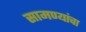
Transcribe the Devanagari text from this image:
सामण्यांचा